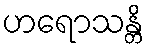
ဟရောသန္တိ